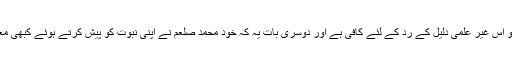
یہ تو تھی اصولی بات جو اس غیر علمی دلیل کے رد کے لئے کافی ہے اور دوسری بات یہ کہ خود محمد صلعم نے اپنی نبوت کو پیش کرتے ہوئے کبھی معجزے کو دلیل نہیں بنایا۔